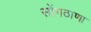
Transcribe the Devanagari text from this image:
सोंगठाणा